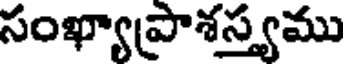
సంఖ్యాప్రాశస్త్యము